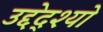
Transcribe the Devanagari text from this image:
उद्देद्श्यो